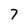
Character: 7